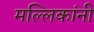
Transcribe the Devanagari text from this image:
मल्लिकांनी